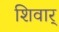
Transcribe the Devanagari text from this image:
शिवार्